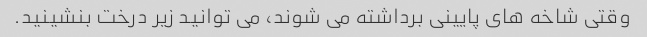
وقتی شاخه های پایینی برداشته می شوند، می توانید زیر درخت بنشینید.